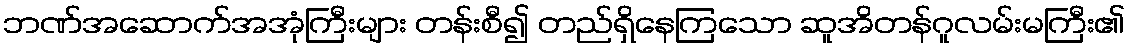
ဘဏ်အဆောက်အအုံကြီးများ တန်းစီ၍ တည်ရှိနေကြသော ဆူအိတန်ဂူလမ်းမကြီး၏